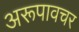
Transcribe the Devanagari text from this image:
अरूपावचर